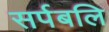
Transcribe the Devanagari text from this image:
सर्पबलि